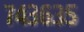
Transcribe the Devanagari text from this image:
७४३६३५